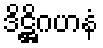
ဒိဋ္ဌိဂဟနံ